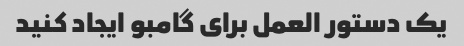
یک دستور العمل برای گامبو ایجاد کنید